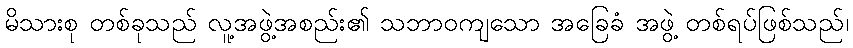
မိသားစု တစ်ခုသည် လူ့အဖွဲ့အစည်း၏ သဘာဝကျသော အခြေခံ အဖွဲ့ တစ်ရပ်ဖြစ်သည်၊